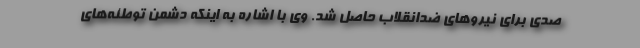
صدی برای نیروهای ضدانقلاب حاصل شد. وی با اشاره به اینکه دشمن توطئه‌های